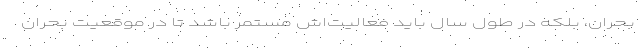
بحران، بلکه در طول سال باید فعالیت‌اش مستمر باشد تا در موقعیت بحران